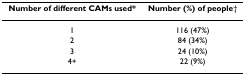
| Number of different CAMs used* | Number (%) of people† |
 | --- | --- |
 | 1 | 116 (47%) |
 | 2 | 84 (34%) |
 | 3 | 24 (10%) |
 | 4+ | 22 (9%) |